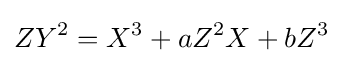
ZY^{2}=X^{3}+aZ^{2}X+bZ^{3}